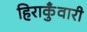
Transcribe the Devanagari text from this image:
हिराकुँवारी